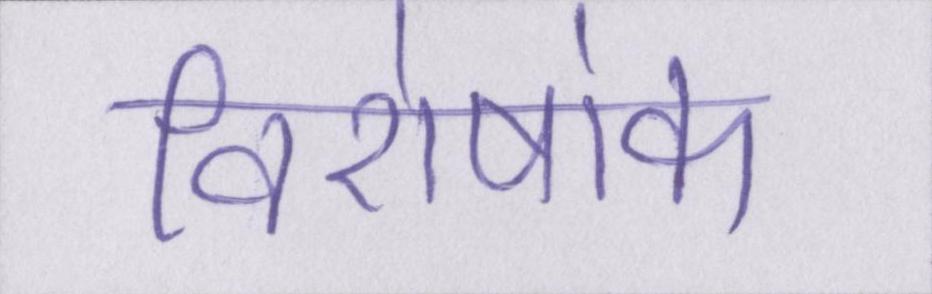
विशेषांक